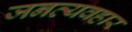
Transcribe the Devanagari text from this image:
जनव्यवहार